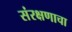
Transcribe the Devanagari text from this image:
संरक्षणाचा